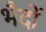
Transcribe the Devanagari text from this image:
भैदों